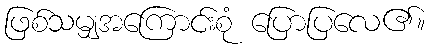
ဖြစ်သမျှအကြောင်းစုံ ပြောပြလေ၏။